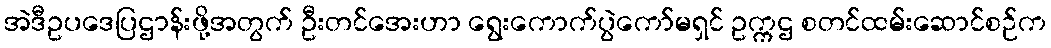
အဲဒီဥပဒေပြဌာန်းဖို့အတွက် ဦးတင်အေးဟာ ရွေးကောက်ပွဲကော်မရှင် ဥက္ကဌ စတင်ထမ်းဆောင်စဉ်က